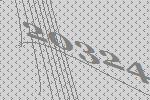
20324